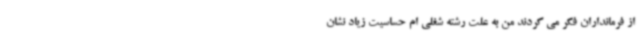
از فرمانداران فکر می کردند من به علت رشته شغلی ام حساسیت زیاد نشان